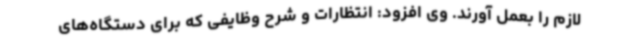
لازم را بعمل آورند. وی افزود: انتظارات و شرح وظایفی که برای دستگاه‌های